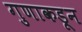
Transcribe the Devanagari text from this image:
गुणाकडून